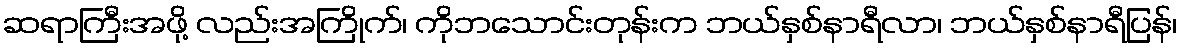
ဆရာကြီးအဖို့ လည်းအကြိုက်၊ ကိုဘသောင်းတုန်းက ဘယ်နှစ်နာရီလာ၊ ဘယ်နှစ်နာရီပြန်၊